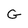
Character: G